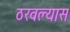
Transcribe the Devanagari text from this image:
ठरवल्यास